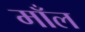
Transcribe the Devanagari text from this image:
माँल